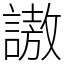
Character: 謸